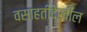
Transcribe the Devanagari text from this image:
वसाहतीदेखील